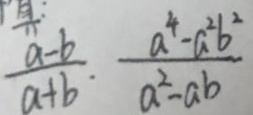
\frac { a - b } { a + b } \cdot \frac { a ^ { 4 } - a ^ { 2 } b ^ { 2 } } { a ^ { 2 } - a b }